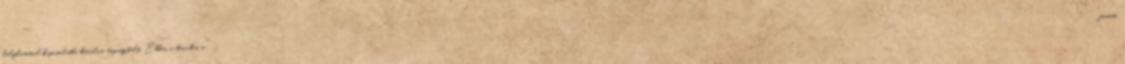
kályhámmal kapcsolatba kerülve tapasztalt. Ebben a tervben a "finom